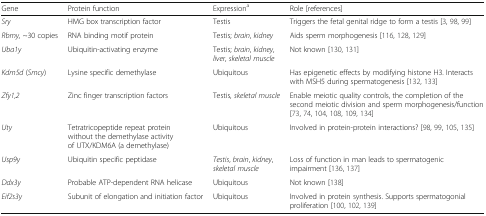
<table><thead><tr><td><b>Gene</b></td><td><b>Protein function</b></td><td><b>Expression<sup>a</sup></b></td><td><b>Role [references]</b></td></tr></thead><tbody><tr><td><i>Sry</i></td><td>HMG box transcription factor</td><td>Testis</td><td>Triggers the fetal genital ridge to form a testis [3, 98, 99]</td></tr><tr><td><i>Rbmy,</i> ~30 copies</td><td>RNA binding motif protein</td><td>Testis; <i>brain</i>, <i>kidney</i></td><td>Aids sperm morphogenesis [116, 128, 129]</td></tr><tr><td><i>Uba1y</i></td><td>Ubiquitin-activating enzyme</td><td>Testis; <i>brain</i>, <i>kidney</i>, <i>liver</i>, <i>skeletal muscle</i></td><td>Not known [130, 131]</td></tr><tr><td><i>Kdm5d</i> (<i>Smcy</i>)</td><td>Lysine specific demethylase</td><td>Ubiquitous</td><td>Has epigenetic effects by modifying histone H3. Interacts with MSH5 during spermatogenesis [132, 133]</td></tr><tr><td><i>Zfy1,2</i></td><td>Zinc finger transcription factors</td><td>Testis<i>, skeletal muscle</i></td><td>Enable meiotic quality controls, the completion of the second meiotic division and sperm morphogenesis/function [73, 74, 104, 108, 109, 134]</td></tr><tr><td><i>Uty</i></td><td>Tetratricopeptide repeat proteinwithout the demethylase activity of UTX/KDM6A (a demethylase)</td><td>Ubiquitous</td><td>Involved in protein-protein interactions? [98, 99, 105, 135]</td></tr><tr><td><i>Usp9y</i></td><td>Ubiquitin specific peptidase</td><td><i>Testis</i>, <i>brain</i>, <i>kidney</i>, <i>skeletal muscle</i></td><td>Loss of function in man leads to spermatogenic impairment [136, 137]</td></tr><tr><td><i>Ddx3y</i></td><td>Probable ATP-dependent RNA helicase</td><td>Ubiquitous</td><td>Not known [138]</td></tr><tr><td><i>Eif2s3y</i></td><td>Subunit of elongation and initiation factor</td><td>Ubiquitous</td><td>Involved in protein synthesis. Supports spermatogonial proliferation [100, 102, 139]</td></tr></tbody></table>